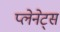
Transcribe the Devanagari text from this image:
प्लेनेट्स